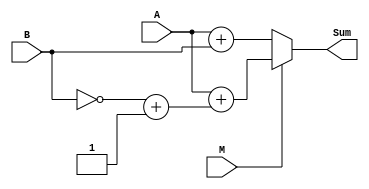
`timescale 1ns / 1ps
//////////////////////////////////////////////////////////////////////////////////
// Company: 
// Engineer: 
// 
// Design Name: 
// Module Name: four_bitaddSub_behavior
// Project Name: 
// Target Devices: 
// Tool Versions: 
// Description: 
// 
// Dependencies: 
// 
// Revision:
// Revision 0.01 - File Created
// Additional Comments:
// 
//////////////////////////////////////////////////////////////////////////////////


module addsub_Behavior(
    input [3:0] A,
    input [3:0] B,
    input M,
    output [4:0]Sum
    ); 
        
    assign Sum = M ? A + (~B + 1'b1) : A + B; 
    
endmodule